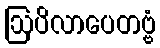
ဩပိလာပေတဗ္ဗံ